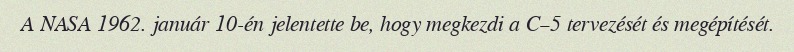
A NASA 1962. január 10-én jelentette be, hogy megkezdi a C–5 tervezését és megépítését.